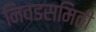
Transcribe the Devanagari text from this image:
निवडसमिती